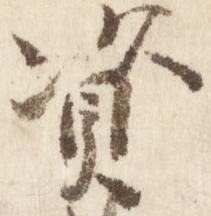
資